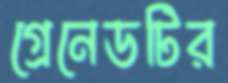
গ্রেনেডটির